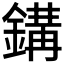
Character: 𨪋